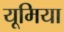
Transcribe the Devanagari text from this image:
यूमिया